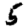
Digit: 5